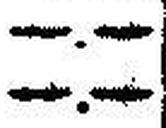
—.—